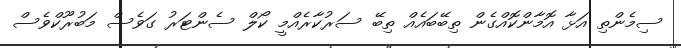
ސިމެންތި އަޅާ އޮމާންކޮއްގެން ތިބޭބައެއް ތިބޭ ސަރުކާރެއްމީ ކޯލް ސެންޓަރު ގަވެސް މަބުރޫކްވެސް